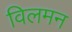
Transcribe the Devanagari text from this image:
विलमन